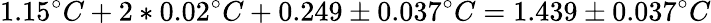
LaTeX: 1.15^{\circ}C+2*0.02^{\circ}C+0.249\pm 0.037^{\circ}C=1.439\pm 0.037^{\circ}C